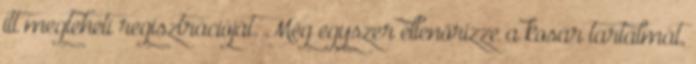
itt megteheti regisztrációját. Még egyszer ellenőrizze a kosár tartalmát,